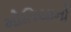
મોતિયાનો